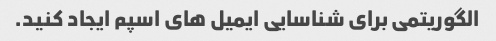
الگوریتمی برای شناسایی ایمیل های اسپم ایجاد کنید.